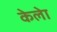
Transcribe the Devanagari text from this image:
केलेा